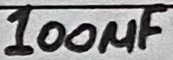
Text: 100µF